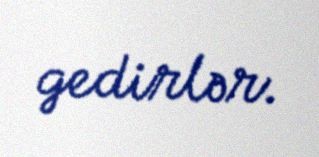
gedirlər.